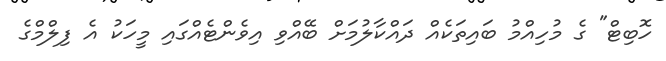
ހޮބިޓް" ގެ މުހިއްމު ބައިތަކެއް ދައްކާލުމަށް ބޭއްވި އިވެންޓެއްގައި މީހަކު އެ ފިލްމްގެ